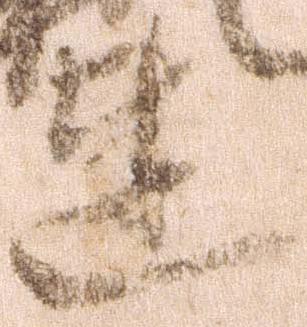
達